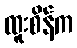
ထူးစိန်က